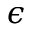
\epsilon